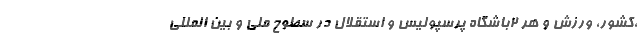
،کشور، ورزش و هر ۲باشگاه پرسپولیس و استقلال در سطوح ملی و بین المللی